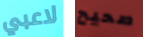
لاعبي صحيح